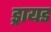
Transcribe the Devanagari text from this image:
ड्रायड